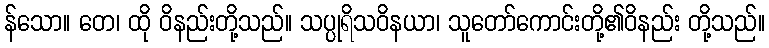
န်သော။ တေ၊ ထို ဝိနည်းတို့သည်။ သပ္ပုရိသဝိနယာ၊ သူတော်ကောင်းတို့၏ဝိနည်း တို့သည်။